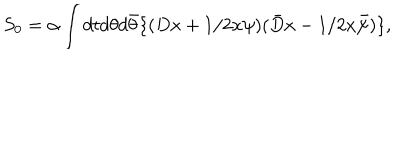
S _ { 0 } = \alpha \int d t d \theta d \bar { \theta } \{ ( D x + 1 / 2 x \psi ) ( \bar { D } x - 1 / 2 x \bar { \psi } ) \} ,